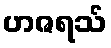
ဟဇရသ်